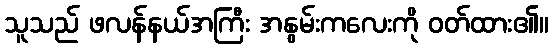
သူသည် ဖလန်နယ်အကြီး အနွမ်းကလေးကို ဝတ်ထား၏။